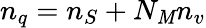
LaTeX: n_{q}=n_{S}+N_{\mathit{M}}n_{v}